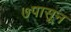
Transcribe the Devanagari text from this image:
७पासून